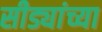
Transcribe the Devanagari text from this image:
सीड्यांच्या